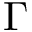
\Gamma